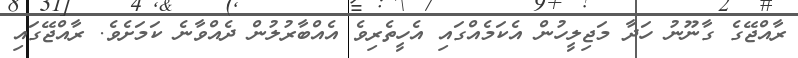
ރާއްޖޭގެ ގާނޫނު ހަދާ މަޖިލީހުން އެކަމެއްގައި އެހީތެރިވެ އެއްބާރުލުން ދެއްވާނެ ކަމަށެވެ. ރާއްޖޭގައި